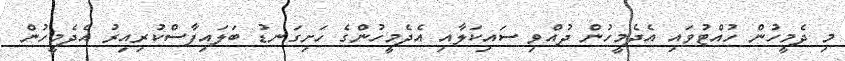
މި ދެމީހުން ހުއްޓުވައި އެދެމީހުން ދުއްވި ސައިކަލާއި އެދެމީހުންގެ ހަށިގަނޑު ބަލައިފާސްކުރިއިރު އެދެމީހުން